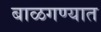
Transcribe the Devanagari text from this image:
बाळगण्यात